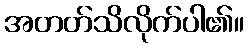
အတတ်သိလိုက်ပါ၏။